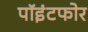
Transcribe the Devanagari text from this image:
पॉइंटफोर